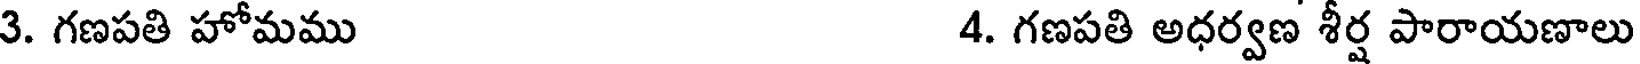
3. గణపతి హోమము 4. గణపతి అధర్వణ శీర్ష పారాయణాలు